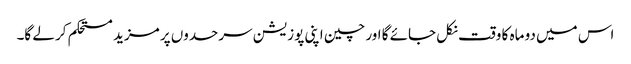
اس میں دو ماہ کا وقت نکل جائے گا اور چین اپنی پوزیشن سرحدوں پر مزید مستحکم کر لے گا۔